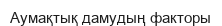
Аумақтық дамудың факторы